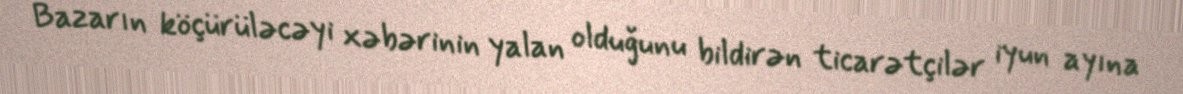
Bazarın köçürüləcəyi xəbərinin yalan olduğunu bildirən ticarətçilər iyun ayına